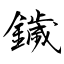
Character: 鐬